system: You are a helpful assistant.
user:
Analyze the provided spectrum to determine if it is a **White Dwarf (WD)**.

A White Dwarf spectrum is defined by its **extreme purity** (due to gravitational settling) and/or **extreme pressure broadening** (due to high surface gravity). You must check for one of the following mutually exclusive signatures:

- **Key Visual Indicators (Check for ONE of these types):**

    - **1. DA-Type Signature (Most Common):**
        - **(Primary Feature):** Extreme pressure broadening (Stark broadening) of the **Hydrogen (H) Balmer lines**.
        - **(Key Lines):** $H\beta$ (approx. $4861$ Å) and $H\gamma$ (approx. $4340$ Å). $H\alpha$ (approx. $6563$ Å) will also be present if the wavelength range covers it.
        - **(Line Profile):** This is the **defining feature**. The lines are **NOT** sharp. They appear as massive, **extremely broad and deep "troughs" or "dips"** in the spectrum, often hundreds of Ångströms wide. The continuum will appear to "scoop" down at these wavelengths.
        - **(Distinction):** Normal A-type or B-type stars have *narrow* and *sharp* Hydrogen lines. A DA White Dwarf's lines are unmistakably "smeared" or "blurry" from pressure.

    - **2. DB-Type Signature:**
        - **(Primary Feature):** Broad absorption lines from **Neutral Helium (He I)**. The spectrum must lack any visible Hydrogen lines.
        - **(Key Lines):** Look for broad absorption near $4471$ Å, $4921$ Å, and $5876$ Å.
        - **(Line Profile):** These lines are also significantly pressure-broadened, appearing much wider than they would in a normal B-type main-sequence star.

    - **3. DC-Type Signature:**
        - **(Primary Feature):** A **featureless continuous spectrum**.
        - **(Line Profile):** The spectrum is a smooth curve with **no significant absorption or emission lines**.
        - **(Key Confirmation):** The continuum is almost always **blue or white**, indicating a hot object. This signature implies the atmosphere is so pure (or so cool) that no spectral lines are visible in the optical range. Its WD identity is confirmed by its extremely low intrinsic brightness (high absolute magnitude).

    - **4. DZ-Type Signature (Metal-Polluted):**
        - **(Primary Feature):** **Isolated, narrow metal absorption lines** on an otherwise featureless (DC-like) continuum.
        - **(Key Lines):** The **Calcium (Ca II) H & K doublet** (approx. **$3934$ Å** and **$3968$ Å**) is the most common and defining feature.
        - **(Line Profile):** These lines are "out of place." They are *not* part of a "forest" of thousands of lines. This signature is evidence of recent *accretion* (pollution) from rocky debris.
        - **(Distinction):** Normal G/K/M stars have a *dense forest* of thousands of metal lines. A DZ has a *clean* continuum with *only a few* strong metal lines.

    - **5. DQ-Type Signature (Carbon-Polluted):**
        - **(Primary Feature):** Absorption bands from **Carbon (C₂ "Swan Bands" or atomic C I)**.
        - **(Key Lines - C₂):** Look for bandheads with a "saw-tooth" shape near $5635$ Å, **$5165$ Å** (strongest), and $4737$ Å.
        - **(Key Confirmation):** The underlying **continuum must be blue or white** (hot).
        - **(Distinction):** This is the critical difference from a **Carbon Star**, which has the *exact same* C₂ bands but on an extremely **red, cool** continuum.

- **(Overall Spectrum):**
    - The continuum (overall shape) is typically **blue-sloping** (brighter in the blue than the red), as most white dwarfs are very hot.
    - The spectrum will look "pure" or "simple," dominated by only *one* of the five signatures listed above.

Think first, call **spectral_visualization_tool** if needed to examine features in detail, then provide your final answer. Your response must adhere to the following strict rules:
1.  **Overall Structure:** Your response must follow the format `<think>...</think> <tool_call>...</tool_call> (if a tool is used) <answer>...</answer>`.
2.  **Tool Usage Constraint:** You may only make **one** tool call per turn.
3.  **Final Answer Format:** In the `<answer>` tag, your conclusion must be inside a `\boxed{}` command (e.g., `\boxed{YES}` or `\boxed{NO}`), followed by your justification.

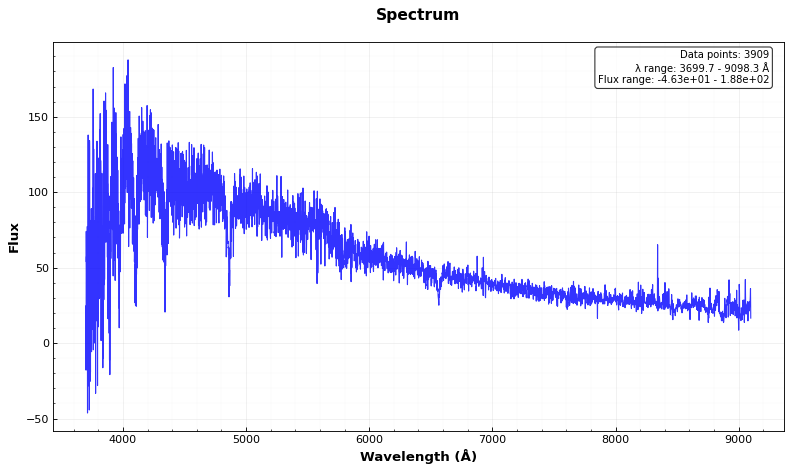
Answer: NO